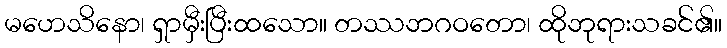
မဟေသိနော၊ ရှာမှီးပြီးထသော။ တဿဘဂဝတော၊ ထိုဘုရားသခင်၏။